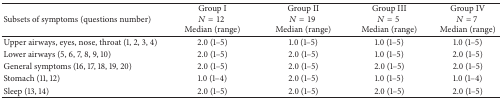
<table><thead><tr><td><b>Subsets of symptoms (questions number)</b></td><td><b>Group I<i>N</i> = 12 Median (range)</b></td><td><b>Group II<i>N</i> = 19 Median (range)</b></td><td><b>Group III<i>N</i> = 5 Median (range)</b></td><td><b>Group IV<i>N</i> = 7 Median (range)</b></td></tr></thead><tbody><tr><td>Upper airways, eyes, nose, throat (1, 2, 3, 4)</td><td>2.0 (1–5)</td><td>1.0 (1–5)</td><td>1.0 (1–5)</td><td>1.0 (1–5)</td></tr><tr><td>Lower airways (5, 6, 7, 8, 9, 10)</td><td>2.0 (1–5)</td><td>2.0 (1–5)</td><td>1.0 (1–5)</td><td>2.0 (1–5)</td></tr><tr><td>General symptoms (16, 17, 18, 19, 20)</td><td>2.0 (1–5)</td><td>2.0 (1–5)</td><td>2.0 (1–5)</td><td>2.0 (1–5)</td></tr><tr><td>Stomach (11, 12)</td><td>1.0 (1–4)</td><td>2.0 (1–5)</td><td>1.0 (1–5)</td><td>1.0 (1–4)</td></tr><tr><td>Sleep (13, 14)</td><td>2.0 (1–5)</td><td>2.0 (1–5)</td><td>2.0 (1–5)</td><td>2.0 (1–5)</td></tr></tbody></table>